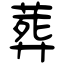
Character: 葬